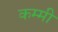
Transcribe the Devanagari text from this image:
कम्मी